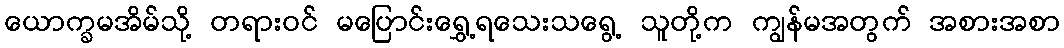
ယောက္ခမအိမ်သို့ တရားဝင် မပြောင်းရွှေ့ရသေးသရွေ့ သူတို့က ကျွန်မအတွက် အစားအစာ